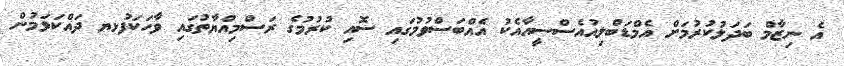
އެ ނިޒާމް ބަދަލުކުރުމަށް އެމްޑަބްލިއުއެސްސީއާއެކު އެއްބަސްވުމުގައި ސޮއި ކުރުމުގެ ރަސްމިއްޔާތުގައި ވާހަކަފުޅޔ ދައްކަވަމުން